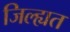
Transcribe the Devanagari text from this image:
जिल्ह्यत